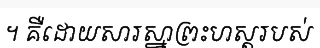
។ គឺដោយសារស្នាព្រះហស្តរបស់